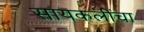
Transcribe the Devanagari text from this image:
सायकलींचा